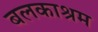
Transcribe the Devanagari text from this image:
बलकाश्रम